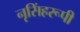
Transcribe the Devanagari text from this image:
नृसिंहरूपी